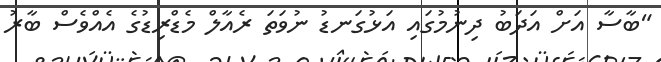
"ބާސާ އަށް އަދަބު ދިނުމުގައި އަޅުގަނޑު ނުވަތަ ރެއާލް މެޑްރިޑުގެ އެއްވެސް ބާރު